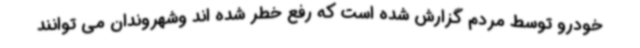
خودرو توسط مردم گزارش شده است که رفع خطر شده اند وشهروندان می توانند